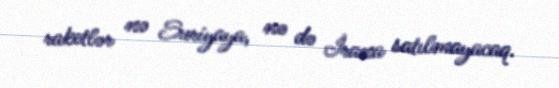
raketlər nə Suriyaya, nə də İrana satılmayacaq.